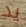
يد